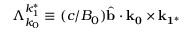
\Lambda _ { k _ { 0 } } ^ { k _ { 1 } ^ { * } } \equiv ( c / B _ { 0 } ) \hat { \mathbf { b } } \cdot \mathbf { k _ { 0 } } \times \mathbf { k _ { 1 ^ { * } } }